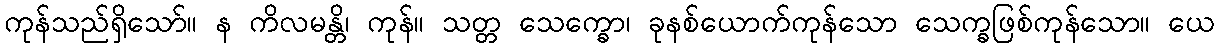
ကုန်သည်ရှိသော်။ န ကိလမန္တိ၊ ကုန်။ သတ္တ သေက္ခော၊ ခုနစ်ယောက်ကုန်သော သေက္ခဖြစ်ကုန်သော။ ယေ